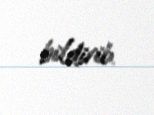
bildirib.